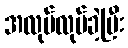
အလုပ်လုပ်ခဲ့ပြီး